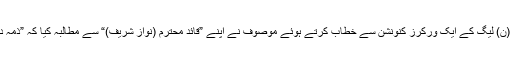
4 اکتوبر کو لاہور کے الحمرا ہال میں ہوئے (ن) لیگ کے ایک ورکرز کنونشن سے خطاب کرتے ہوئے موصوف نے اپنے ”قائدِ محترم (نواز شریف)“ سے مطالبہ کیا کہ ”ذمہ دار وزیر“ کو کابینہ سے نکال باہر کیا جائے۔